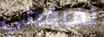
تفتقدني